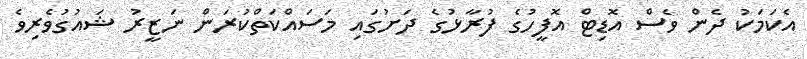
އެކަމަކު ދެން ވެސް އޮޑިޓް އޮފީހުގެ ފުރާޅުގެ ދަށުގައި މަސައްކަތްކުރަން ނަޒީރު ޝައުގުވެރިވެ